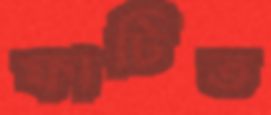
ফাটিত